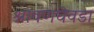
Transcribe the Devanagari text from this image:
श्रावणघेवडा